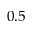
0 . 5